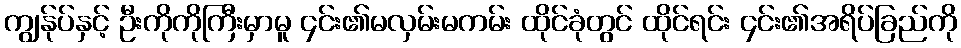
ကျွန်ုပ်နှင့် ဦးကိုကိုကြီးမှာမူ ၄င်း၏မလှမ်းမကမ်း ထိုင်ခုံတွင် ထိုင်ရင်း ၄င်း၏အရိပ်ခြည်ကို